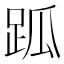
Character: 𧿼